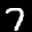
Label: 7